Civil Veterinary Department. United Provinces 1932-42 - 1932-1942
Year: 1932
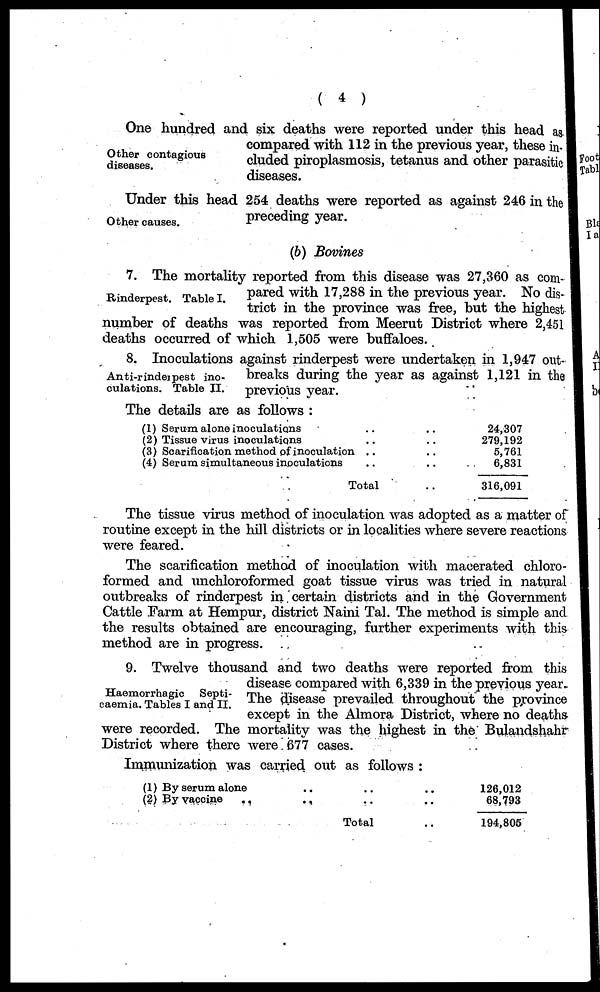
(4)
Other contagious
diseases.
One hundred and six deaths were reported under this head as
compared with 112 in the previous year, these in-
cluded piroplasmosis, tetanus and other parasitic
diseases.
Other causes.
Under this head 254 deaths were reported as against 246 in the
preceding year.
(6) Bovines
Rinderpest. Table I.
7. The mortality reported from this disease was 27,360 as com-
pared with 17,288 in the previous year. No dis-
trict in the province was free, but the highest
number of deaths was reported from Meerut District where 2,451
deaths occurred of which 1,505 were buffaloes.
Anti-rinderpest ino-
culations. Table II.
8. Inoculations against rinderpest were undertaken in 1,947 out-
breaks during the year as against 1,121 in the
previous year.
The details are as follows:
(1) Serum alone inoculations ..
(2) Tissue virus inoculations
(3) Scarification method of inoculation ..
(4) Serum simultaneous inoculations
Total
24,307
279,192
5,761
6,831
316,091
The tissue virus method of inoculation was adopted as a matter of
routine except in the hill districts or in localities where severe reactions
were feared.
The scarification method of inoculation with macerated chloro-
formed and unchloroformed goat tissue virus was tried in natural
outbreaks of rinderpest in certain districts and in the Government
Cattle Farm at Hempur, district Naini Tal. The method is simple and
the results obtained are encouraging, further experiments with this
method are in progress.
Haemorrhagic
Septi-
caemia. Tables I and II.
9. Twelve thousand and two deaths were reported from this
disease compared with 6,339 in the previous year.
The disease prevailed throughout the province
except in the Almora District, where no deaths
were recorded. The mortality was the highest in the Bulandshahr
District where there were 677 cases.
Immunization was carried out as follows:
(1) By serum alone
(2) By vaccine
..
.. ..
.. ..
Total
.. 126,012
.. 68,793
.. 194,805